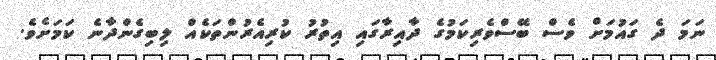
ނަމަ ދެ ގައުމަށް ވެސް ބޭސްވެރިކަމުގެ ދާއިރާގައި އިތުރު ކުރިއެރުންތަކެއް ލިބިގެންދާނެ ކަމަށެވެ.